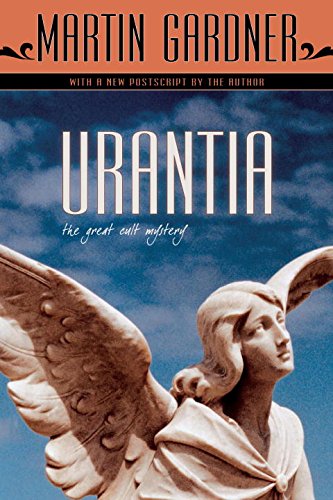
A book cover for Urantia: The Great Cult Mystery; Martin Gardner; Religion & Spirituality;